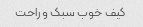
کیف خوب سبک و راحت